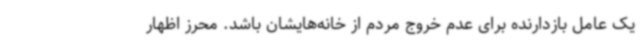
یک عامل بازدارنده برای عدم خروج مردم از خانه‌هایشان باشد. محرز اظهار